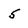
Character: 5